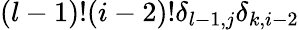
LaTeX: (l-1)!(i-2)!\delta_{l-1,j}\delta_{k,i-2}